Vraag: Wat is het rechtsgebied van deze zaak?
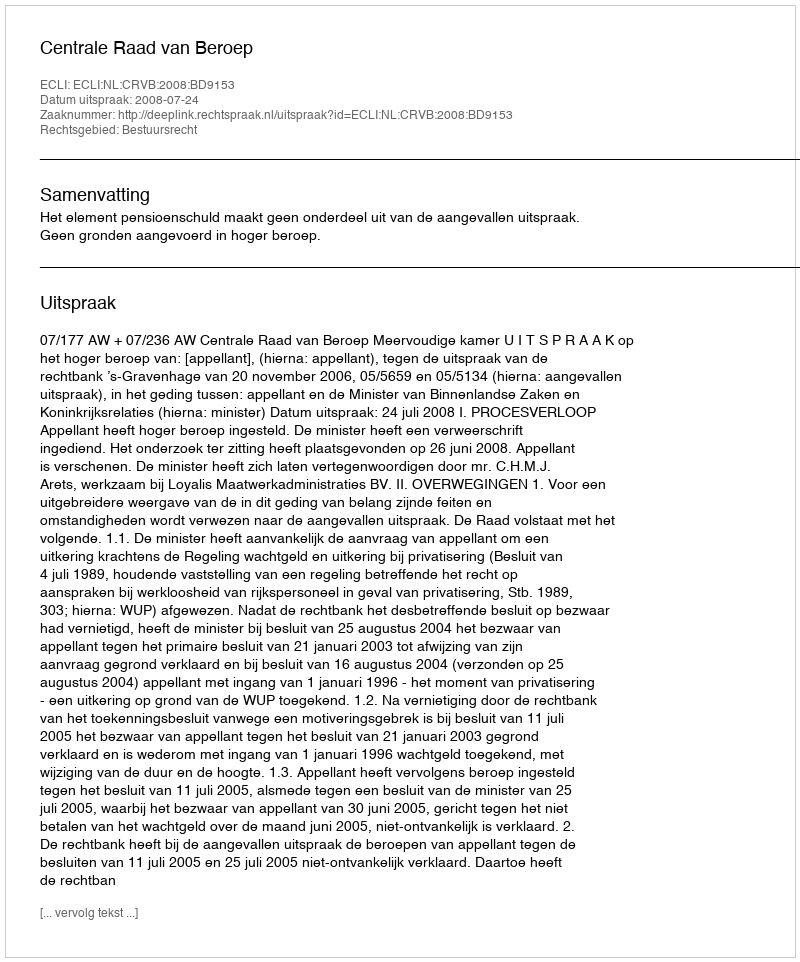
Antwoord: Bestuursrecht